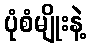
ပုံစံမျိုးနဲ့